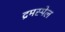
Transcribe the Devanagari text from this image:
द्रमस्पेल